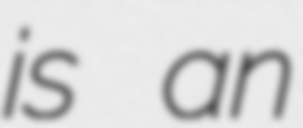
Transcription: is an